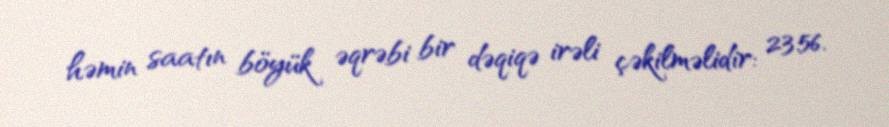
həmin saatın böyük əqrəbi bir dəqiqə irəli çəkilməlidir: 23:56.